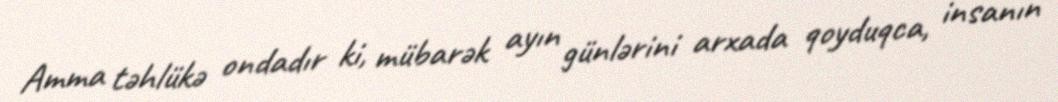
Amma təhlükə ondadır ki, mübarək ayın günlərini arxada qoyduqca, insanın